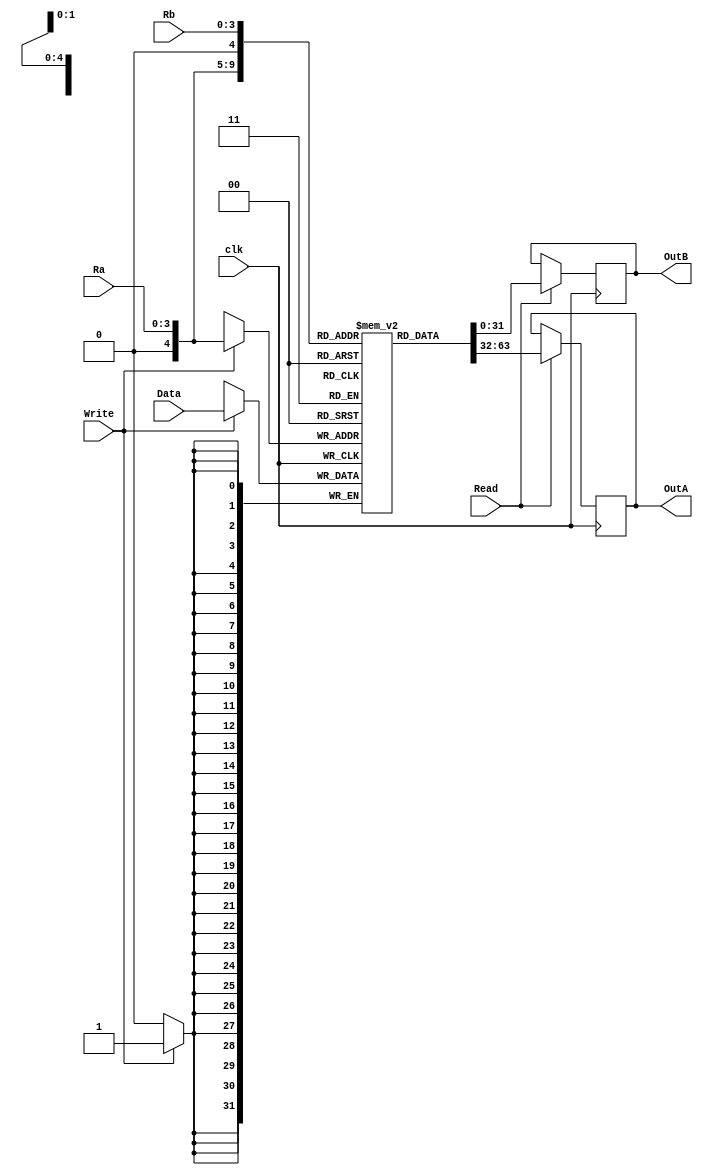
module RegBase(
  
  input clk, 
  input Read,
  input Write,
  input [3:0]Ra,
  input [3:0]Rb,
  input [31:0]Data,
 
 output reg [31:0]OutA,
 output reg [31:0]OutB 
);
  
  
  reg [31:0]regs[31:0]; 
  
  always @(posedge clk) begin
      
	if(Read) begin
		OutA <= regs[Ra];
		OutB <= regs[Rb];
	end	
  	if(Write)begin
		regs[Ra] <= Data;
	end
   end

endmodule